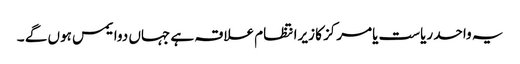
یہ واحد ریاست یامرکز کا زیرانتظام علاقہ ہے جہاں دوایمس ہوں گے ۔